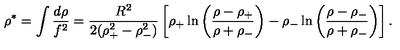
\rho ^ { * } = \int { \frac { d \rho } { f ^ { 2 } } } = { \frac { R ^ { 2 } } { 2 ( \rho _ { + } ^ { 2 } - \rho _ { - } ^ { 2 } ) } } \left[ \rho _ { + } \ln \left( { \frac { \rho - \rho _ { + } } { \rho + \rho _ { - } } } \right) - \rho _ { - } \ln \left( { \frac { \rho - \rho _ { - } } { \rho + \rho _ { - } } } \right) \right] .